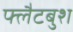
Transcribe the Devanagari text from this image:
फ्लैटबुश